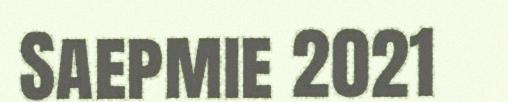
Saepmie 2021